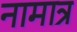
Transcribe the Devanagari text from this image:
नामात्र